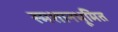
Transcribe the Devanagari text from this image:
स्मशानभूमित